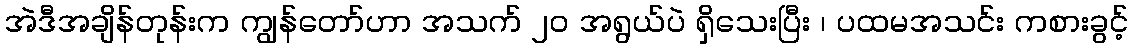
အဲဒီအချိန်တုန်းက ကျွန်တော်ဟာ အသက် ၂၀ အရွယ်ပဲ ရှိသေးပြီး ၊ ပထမအသင်း ကစားခွင့်